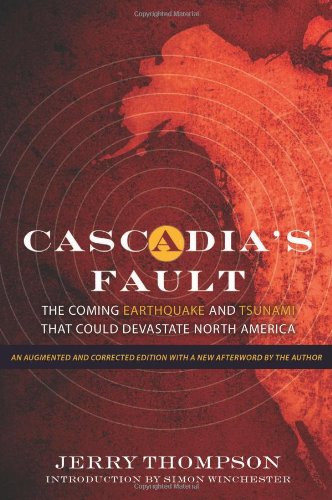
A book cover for Cascadia's Fault: The Coming Earthquake and Tsunami that Could Devastate North America; Jerry Thompson; Science & Math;